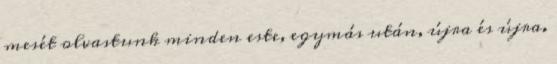
mesét olvastunk minden este, egymás után, újra és újra.